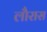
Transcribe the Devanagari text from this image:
लौरास